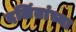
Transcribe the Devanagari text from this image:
दलिंतांच्या